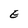
Character: E